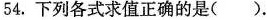
54.下列各式求值正确的是()。